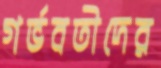
গর্ভবতীদের